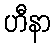
ဟီနာ